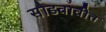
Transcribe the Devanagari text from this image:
सोडवावीत